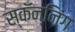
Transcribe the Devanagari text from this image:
स्कॅन्निंग